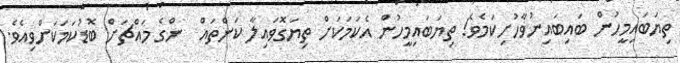
ތިޔަބައިމީހުން ބައިބައިނުވާހުށިކަމެވެ! ތިޔަބައިމީހުން އެކަމަކަށް ތިޔަގޮވައިލާ ކަންތައް  ންގެ މައްޗަށް ބޮޑުކަމަކަށްވިއެވެ.